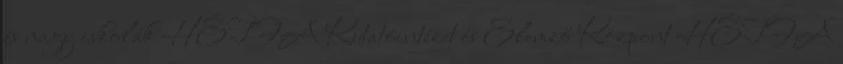
és nagy iskolák HÉTFA Kutatóintézet és Elemző Központ HÉTFA